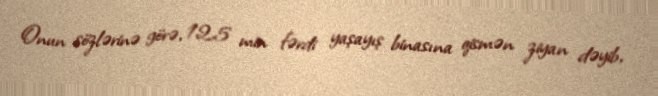
Onun sözlərinə görə, 12,5 min fərdi yaşayış binasına qismən ziyan dəyib,